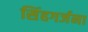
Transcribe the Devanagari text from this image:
सिंहगर्जना